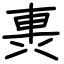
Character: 軣